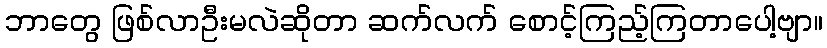
ဘာတွေ ဖြစ်လာဦးမလဲဆိုတာ ဆက်လက် စောင့်ကြည့်ကြတာပေါ့ဗျာ။